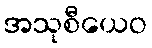
အသုစီယေဝ